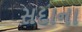
સદાના